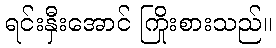
ရင်းနှီးအောင် ကြိုးစားသည်။